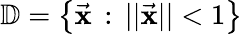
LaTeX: \mathbb{D}=\left\{ \vec{\mathbf x}\, :\, ||\vec{\mathbf x}||<1\right\}